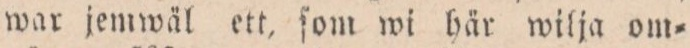
war jemwäl ett, ſom wi här wilja om=